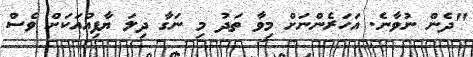
"ދެން ނުވާނެ. އަހަރެންނަށް މިވާ ތަދު މި ނަގާ ދިލަ ޔާފިއުއަކަށް ވެސް